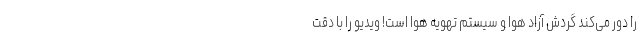
را دور می‌کند گردش آزاد هوا و سیستم تهویه هوا است! ویدیو را با دقت